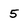
Character: 5